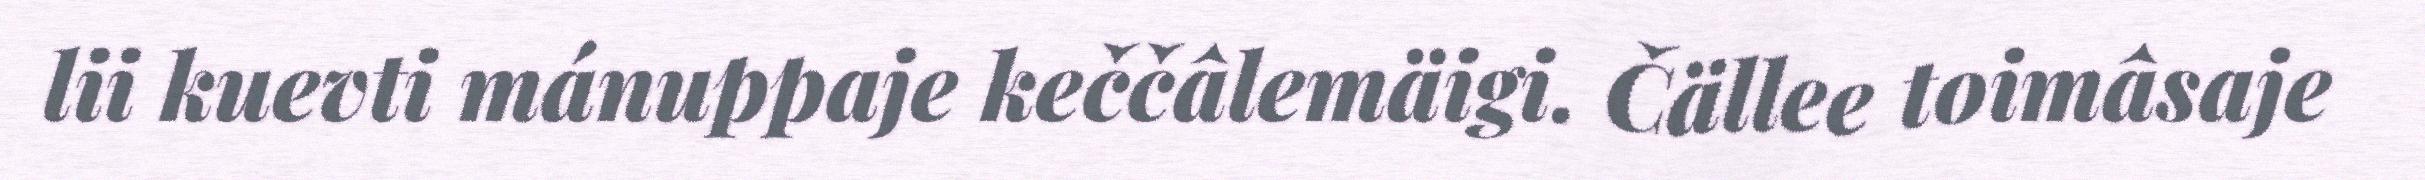
lii kuevti mánuppaje keččâlemäigi. Čällee toimâsaje